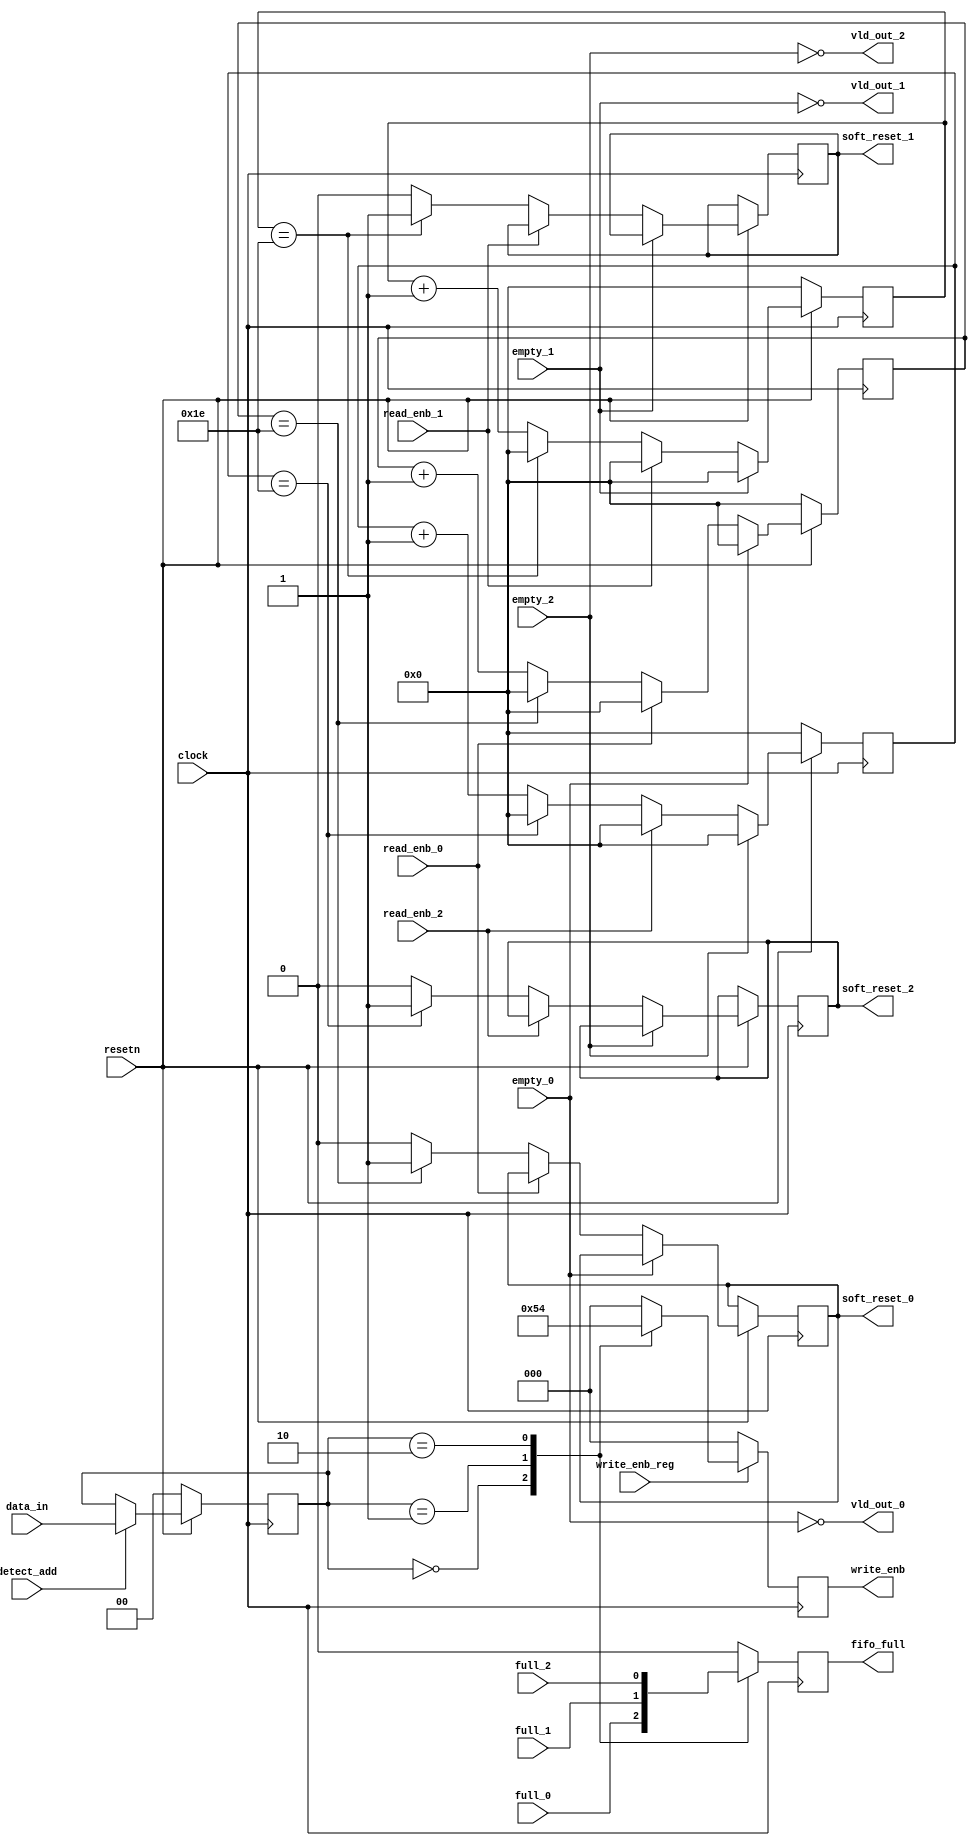
module router_sync(clock,resetn,detect_add,fifo_full,full_0,full_1,full_2,
			data_in,write_enb_reg,write_enb,empty_0,empty_1,empty_2,
			vld_out_0,vld_out_1,vld_out_2,read_enb_0,read_enb_1,read_enb_2,
			soft_reset_0,soft_reset_1,soft_reset_2);

// Input and Output declarations 	
	input clock,resetn,detect_add,full_0,full_1,full_2,empty_0,empty_1,empty_2,write_enb_reg,
		read_enb_0,read_enb_1,read_enb_2;

	input [1:0] data_in;

	output reg [2:0] write_enb;

	output reg fifo_full,soft_reset_0,soft_reset_1,soft_reset_2;

	output wire vld_out_0,vld_out_1,vld_out_2;

	reg [1:0] temp;
	reg [4:0] count0,count1,count2;

	always@(posedge clock)
		begin
			if(!resetn)
				temp<='d0;
			else if(detect_add)
				temp<=data_in;
		end

	always@(posedge clock) //fifo_full block
		begin
			case(temp)
				2'b00 : fifo_full = full_0;
				2'b01 : fifo_full = full_1;
				2'b10 : fifo_full = full_2;
				default : fifo_full = 0;
			endcase
		end

	always@(posedge clock) //write_enb block
		begin
			if(write_enb_reg)
				begin
					case(temp)
						2'b00 : write_enb = 3'b001;
						2'b01 : write_enb = 3'b010;
						2'b10 : write_enb = 3'b100;
						default : write_enb = 3'b000;
					endcase
				end
			else
				write_enb = 3'b000;
		end

	assign vld_out_0 = !empty_0;
	assign vld_out_1 = !empty_1;
	assign vld_out_2 = !empty_2;
	
// Soft Reset blocks for 3 FIFOs
	always@(posedge clock)
		begin
			if(!resetn)
				count0 <= 'd0;
			else if (vld_out_0)
				begin
					if(!read_enb_0)
						begin
							if(count0 == 5'd30)
								begin
									count0 <= 'd0;
									soft_reset_0 <= 1'b1;
								end
							else
								begin
									count0 <= count0+1'b1;
									soft_reset_0 <= 1'b0;
								end
						end
					else count0 <= 'd0;
				end
			else count0 <= 'd0;
		end

	always@(posedge clock)
		begin
			if(!resetn)
				count1 <= 'd0;
			else if (vld_out_1)
				begin
					if(!read_enb_1)
						begin
							if(count1 == 5'd30)
								begin
									count1 <= 'd0;
									soft_reset_1 <= 1'b1;
								end
							else
								begin
									count1 <= count1+1'b1;
									soft_reset_1 <= 1'b0;
								end
						end
					else count1 <= 'd0;
				end
			else count1 <= 'd0;
		end

	always@(posedge clock)
		begin
			if(!resetn)
				count2 <= 'd0;
			else if (vld_out_2)
				begin
					if(!read_enb_2)
						begin
							if(count2 == 5'd30)
								begin
									count2 <= 'd0;
									soft_reset_2 <= 1'b1;
								end
							else
								begin
									count2 <= count2+1'b1;
									soft_reset_2 <= 1'b0;
								end
						end
					else count2 <= 'd0;
				end
			else count2 <= 'd0;
		end

endmodule